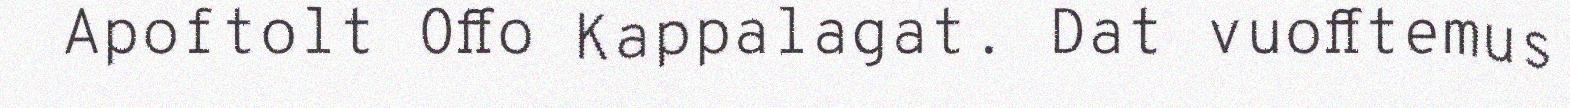
Apoftolt Offo Kappalagat. Dat vuofftemus